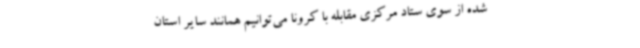
شده از سوی ستاد مرکزی مقابله با کرونا می‌توانیم همانند سایر استان